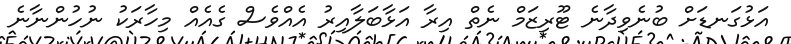
އަޅުގަނޑަށް ބުނެވިދާނެ ޓޫރިޒަމް ނެތް އިރާ އަޅާބަލާއިރު އެއްވެސް ގެއެއް މިހާރަކު ނުހުންނާނެ